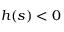
h ( s ) < 0